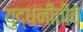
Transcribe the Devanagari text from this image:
युद्धनीतीचे